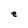
Character: e